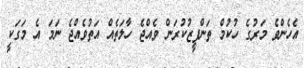
އެހެންވެ މަރުގެ ހުކުމް ތަންފީޒުކުރަން ވެއްޖެ ހާލަތެއް އަތުވެއްޖެ ނަމަ އެ މަގަކީ